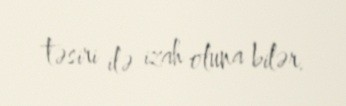
təsiri ilə izah oluna bilər.